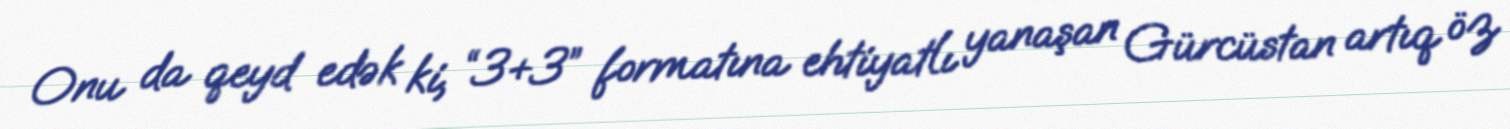
Onu da qeyd edək ki, “3+3” formatına ehtiyatlı yanaşan Gürcüstan artıq öz